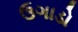
ઉગાડો